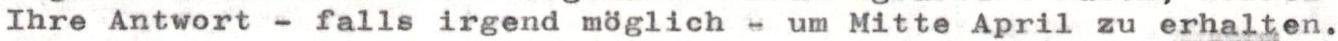
Ihre Antwort - falls irgend möglich - um Mitte April zu erhalten.